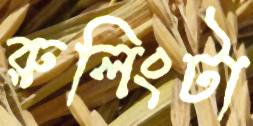
রুলিংটা